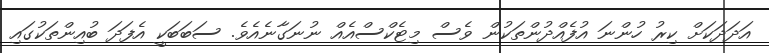
އަދަދަކަށް ކިރު ހުންނަ އުފެއްދުންތަކުން ވެސް މިޓެކްސްއެއް ނުނަގާނެއެވެ. ސަބަބަކީ އެފަދަ ބުއިންތަކުގައި